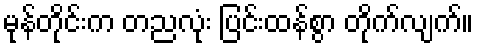
မုန်တိုင်းက တညလုံး ပြင်းထန်စွာ တိုက်လျက်။